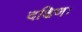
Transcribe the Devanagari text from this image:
दक्षिणः